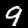
Digit: 9